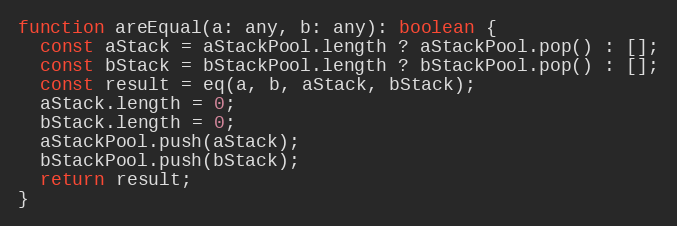
Language: JavaScript
function areEqual(a: any, b: any): boolean {
  const aStack = aStackPool.length ? aStackPool.pop() : [];
  const bStack = bStackPool.length ? bStackPool.pop() : [];
  const result = eq(a, b, aStack, bStack);
  aStack.length = 0;
  bStack.length = 0;
  aStackPool.push(aStack);
  bStackPool.push(bStack);
  return result;
}